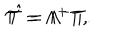
LaTeX: { \cal T } = \Lambda ^ { + } T , \hspace { 1 c m } \hat { \cal T } = \Lambda ^ { - } T .